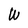
Character: W